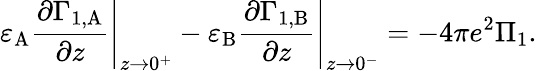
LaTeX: \left.\varepsilon_{\mathrm{A}}\frac{\partial\Gamma_{1,\mathrm{A}}}{\partial z}\right|_{z\to 0^{+}}-\left.\varepsilon_{\mathrm{B}}\frac{\partial\Gamma_{1,\mathrm{B}}}{\partial z}\right|_{z\to 0^{-}}=-4\pi e^{2}\Pi_{1}.